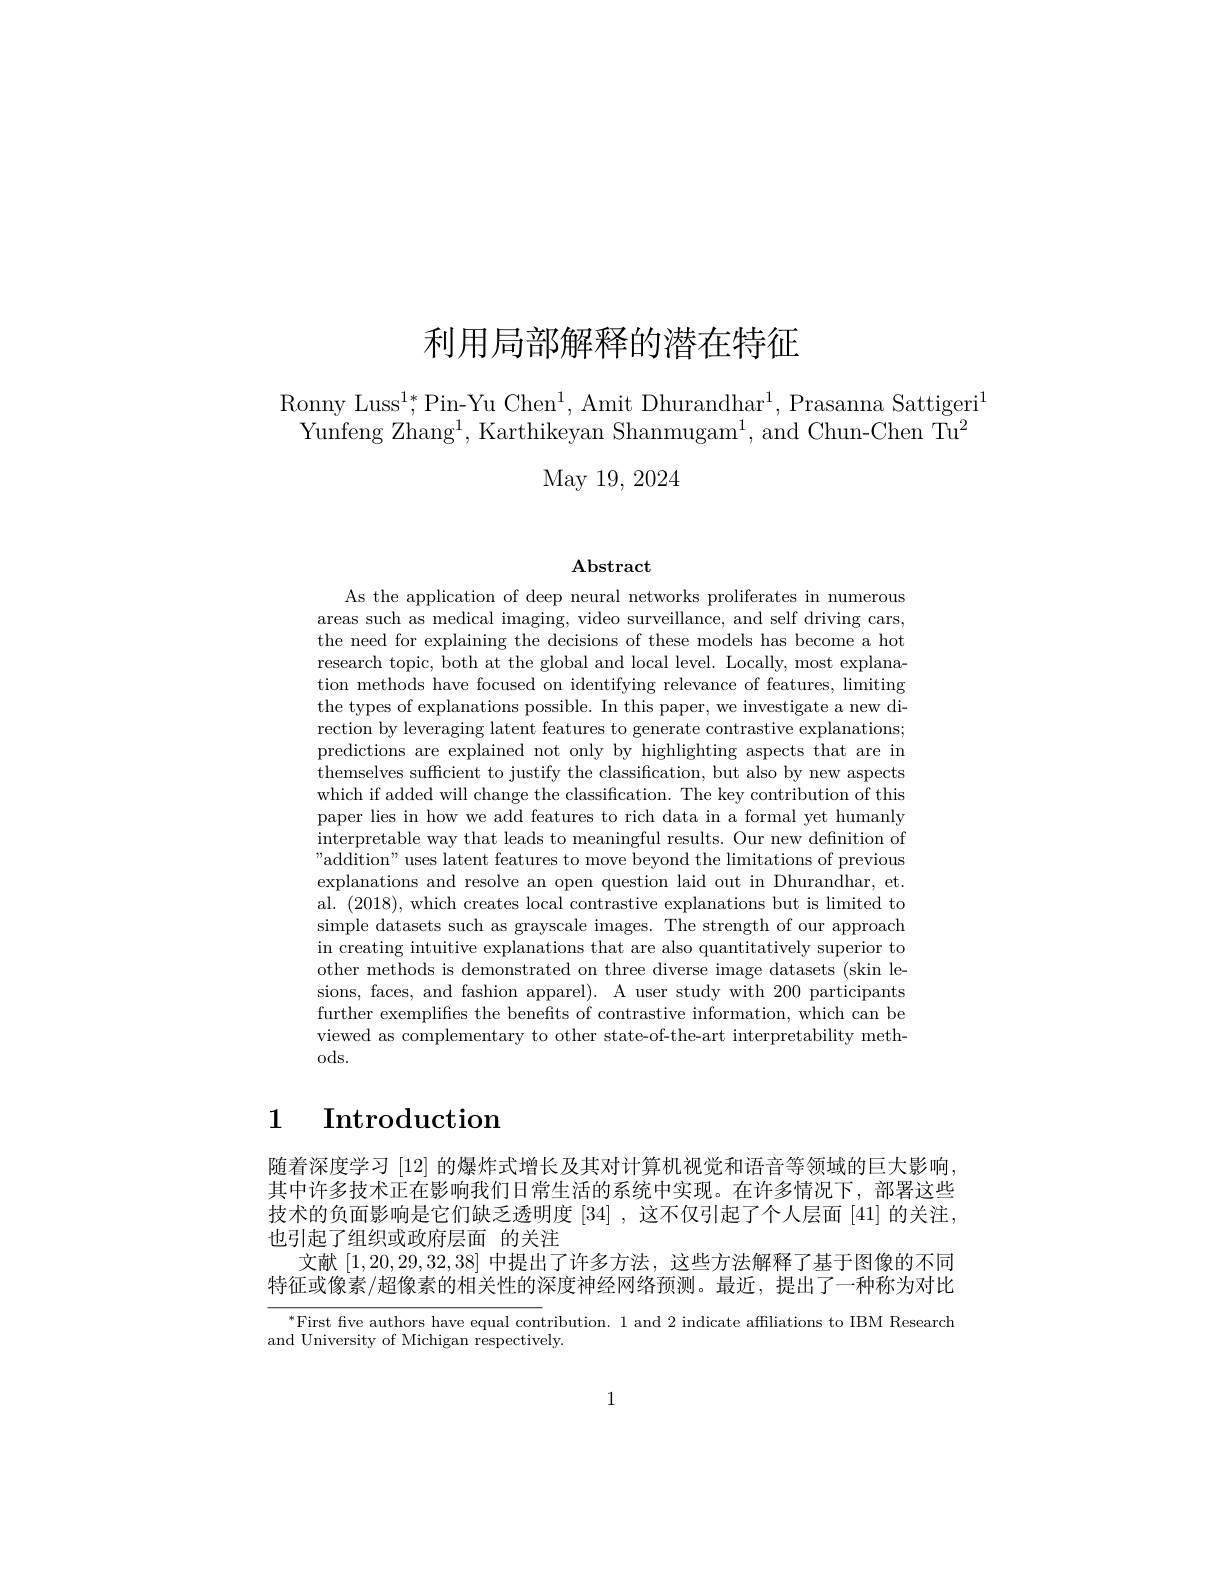
# 利用局部解释的潜在特征

Ronny Luss$^1*$,Pin-Yu Chen$^1$,Amit Dhurandhar$^1$,Prasanna Sattigeri$^1$
Yunfeng Zhang$^1$,Karthikeyan Shanmugam$^1$,and Chun-Chen Tu$^2$

May 19, 2024

$\mathbf{Abstract}$

As the application of deep neural networks proliferates in numerous areas such as medical imaging, video surveillance, and self driving cars, the need for explaining the decisions of these models has become a hot research topic, both at the global and local level. Locally, most explanation methods have focused on identifying relevance of features, limiting the types of explanations possible. In this paper, we investigate a new direction by leveraging latent features to generate contrastive explanations; predictions are explained not only by highlighting aspects that are in themselves sufficient to justify the classification, but also by new aspects which if added will change the classification. The key contribution of this paper lies in how we add features to rich data in a formal yet humanly interpretable way that leads to meaningful results. Our new definition of "addition" uses latent features to move beyond the limitations of previous explanations and resolve an open question laid out in Dhurandhar, et. al. (2018), which creates local contrastive explanations but is limited to simple datasets such as grayscale images. The strength of our approach in creating intuitive explanations that are also quantitatively superior to other methods is demonstrated on three diverse image datasets (skin lesions, faces, and fashion apparel). A user study with 200 participants further exemplifes the benefits of contrastive information, which can be viewed as complementary to other state-of-the-art interpretability methods.

# 1 Introduction

随着深度学习$\left|12\right|$的爆炸式增长及其对计算机视觉和语音等领域的巨大影响其中许多技术正在影响我们日常生活的系统中实现。在许多情况下，部署这些技术的负面影响是它们缺乏透明度[34] ,这不仅引起了个人层面 [41] 的关注， 也引起了组织或政府层面 的关注
文献[1,20,29,32,38]中提出了许多方法，这些方法解释了基于图像的不同特征或像素/超像素的相关性的深度神经网络预测。最近，提出了一种称为对比

$^{*}$First five authors have equal contribution. 1 and 2 indicate affiliations to IBM Research
and University of Michigan respectively.

1